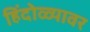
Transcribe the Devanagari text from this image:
हिंदोळ्यावर